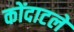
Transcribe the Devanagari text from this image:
कोंदाटले